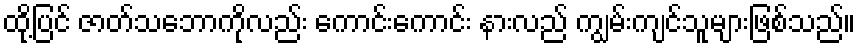
ထို့ပြင် ဇာတ်သဘောကိုလည်း ကောင်းကောင်း နားလည် ကျွမ်းကျင်သူများဖြစ်သည်။